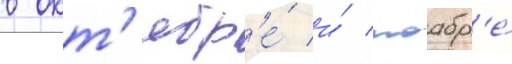
в окт'ябр'е́ и́ ноабр'е́